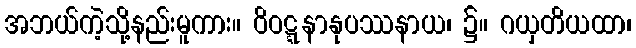
အဘယ်ကဲ့သို့နည်းမူကား။ ဝိဝဋ္ဋနာနုပဿနာယ၊ ၌။ ဂယှတိယထာ၊